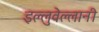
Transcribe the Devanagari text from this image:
इल्लुवेल्लानी